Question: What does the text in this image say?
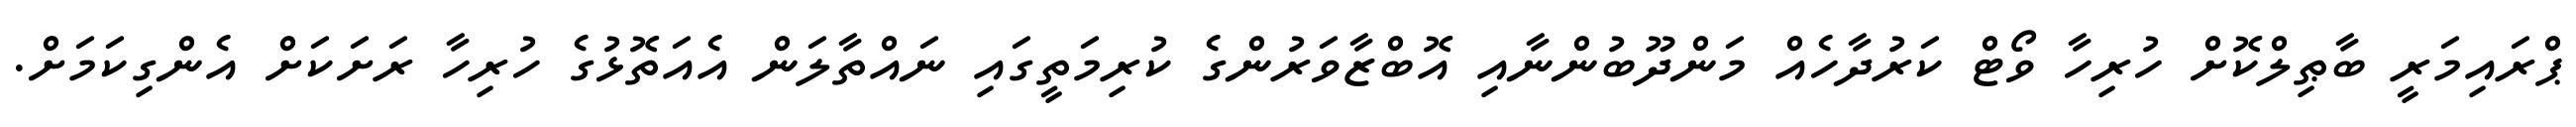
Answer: ޕްރައިމަރީ ބާޠިލްކޮށް ހުރިހާ ވޯޓް ކަރުދާހެއް މަންދޫބުންނާއި އޮބްޒާވަރުންގެ ކުރިމަތީގައި ނައްތާލަން އެއަތޮޅުގެ ހުރިހާ ރަށަކަށް އެންގިކަމަށް.